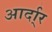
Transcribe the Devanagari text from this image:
आर्दा्र